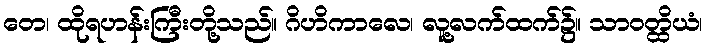
တေ၊ ထိုရဟန်းကြီးတို့သည်။ ဂိဟိကာလေ၊ လူ့လက်ထက်၌။ သာဝတ္ထိယံ၊